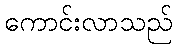
ကောင်းလာသည်